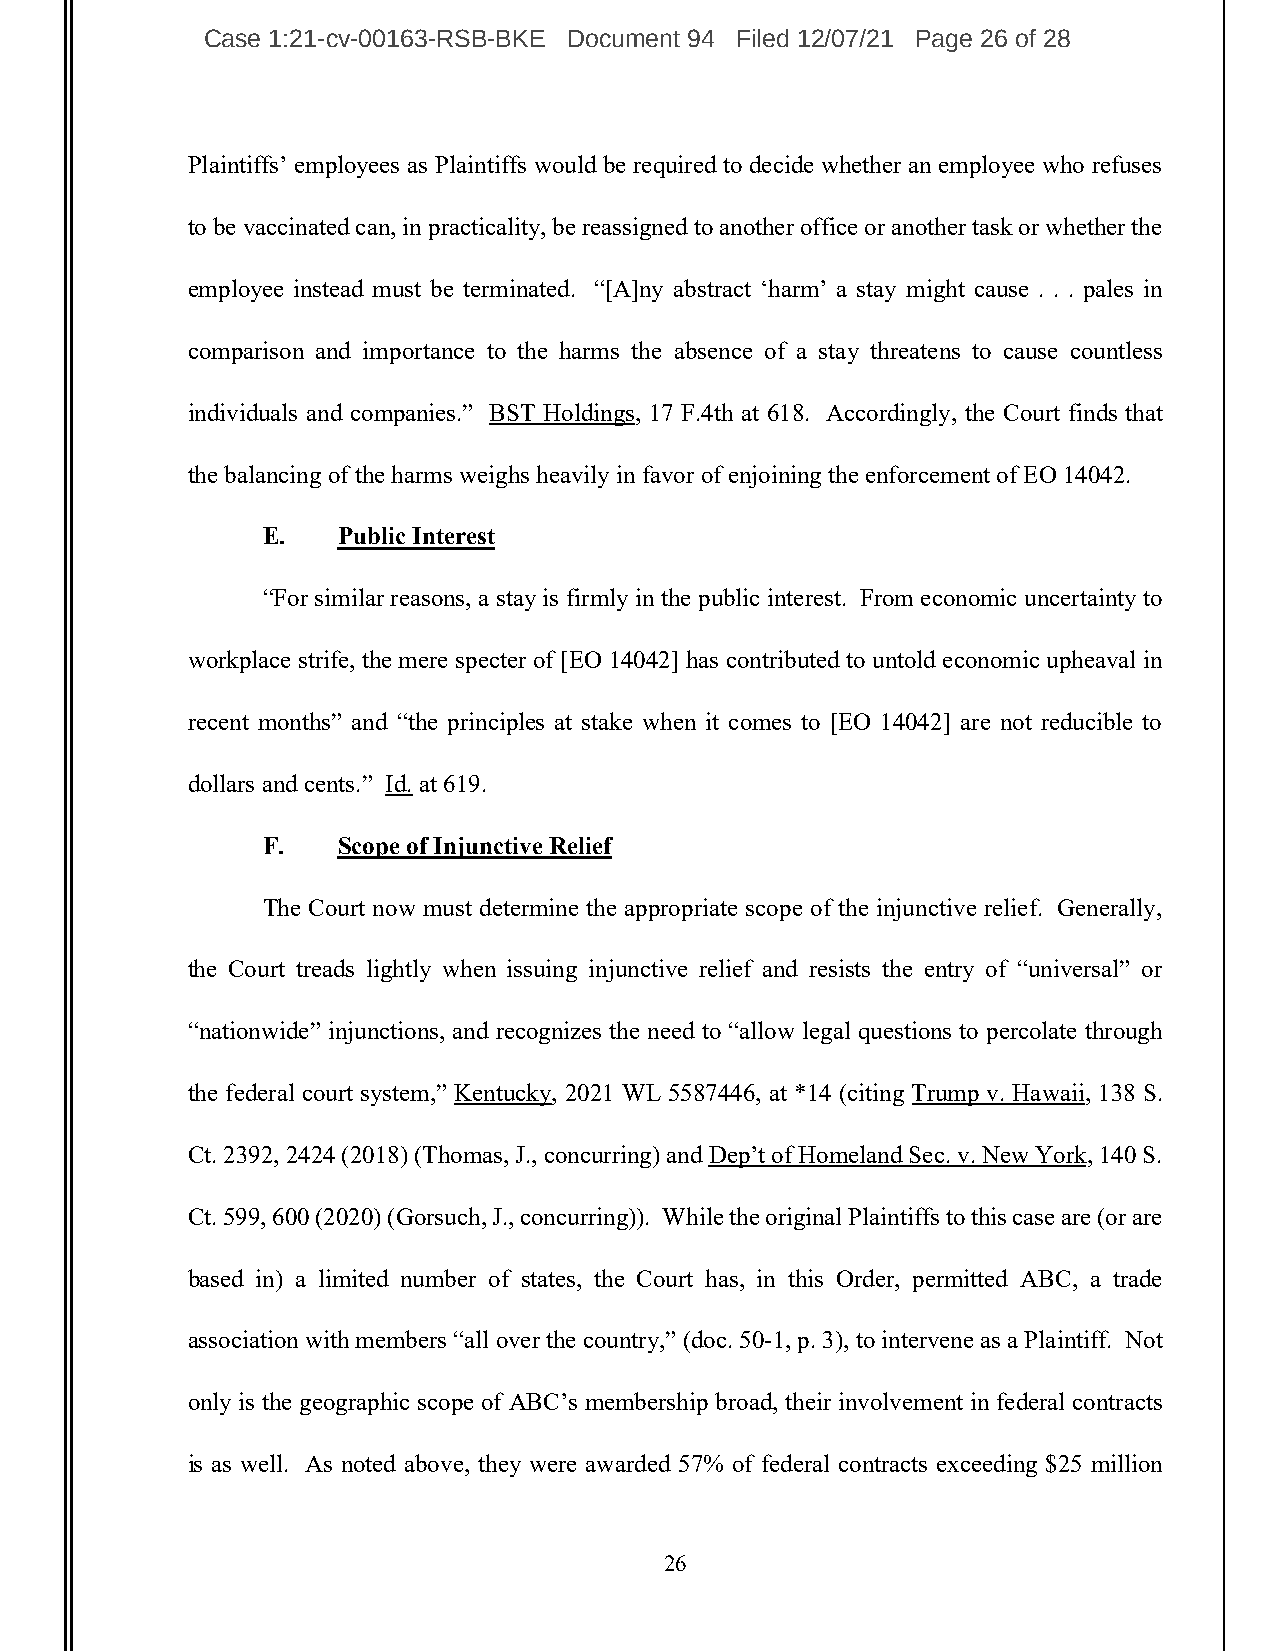
Case 1:21-cv-00163-RSB-BKE Document 94 Filed 12/07/21 Page 26 of 28
 Plaintiffs’ employees as Plaintiffs would be required to decide whether an employee who refuses
 to be vaccinated can, in practicality, be reassigned to another office or another task or whether the
 employee instead must be terminated. “[A]ny abstract ‘harm’ a stay might cause . . . pales in
 comparison and importance to the harms the absence of a stay threatens to cause countless
 individuals and companies.” BST Holdings, 17 F.4th at 618. Accordingly, the Court finds that
 the balancing of the harms weighs heavily in favor of enjoining the enforcement of EO 14042.
 E.   Public Interest
 “For similar reasons, a stay is firmly in the public interest. From economic uncertainty to
 workplace strife, the mere specter of [EO 14042] has contributed to untold economic upheaval in
 recent months” and “the principles at stake when it comes to [EO 14042] are not reducible to
 dollars and cents.” Id. at 619.
 F.   Scope of Injunctive Relief
 The Court now must determine the appropriate scope of the injunctive relief. Generally,
 the Court treads lightly when issuing injunctive relief and resists the entry of “universal” or
 “nationwide” injunctions, and recognizes the need to “allow legal questions to percolate through
 the federal court system,” Kentucky, 2021 WL 5587446, at *14 (citing Trump v. Hawaii, 138 S.
 Ct. 2392, 2424 (2018) (Thomas, J., concurring) and Dep’t of Homeland Sec. v. New York, 140 S.
 Ct. 599, 600 (2020) (Gorsuch, J., concurring)). While the original Plaintiffs to this case are (or are
 based in) a limited number of states, the Court has, in this Order, permitted ABC, a trade
 association with members “all over the country,” (doc. 50-1, p. 3), to intervene as a Plaintiff. Not
 only is the geographic scope of ABC’s membership broad, their involvement in federal contracts
 is as well. As noted above, they were awarded 57% of federal contracts exceeding $25 million
 26